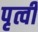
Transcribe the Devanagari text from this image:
पृत्वी